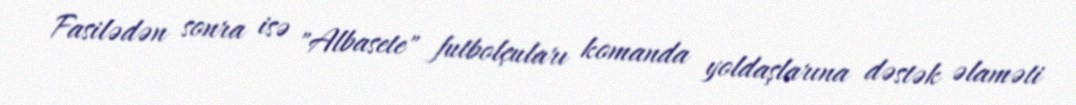
Fasilədən sonra isə "Albasete" futbolçuları komanda yoldaşlarına dəstək əlaməti